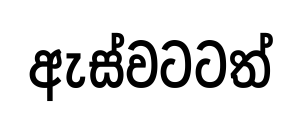
ඇස්වටටත්